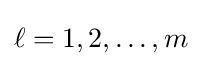
\ell =1,2,\ldots ,m